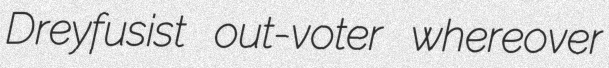
Dreyfusist out-voter whereover